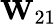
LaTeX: {\mathbf W}_{21}